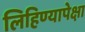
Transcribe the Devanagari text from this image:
लिहिण्यापेक्षा